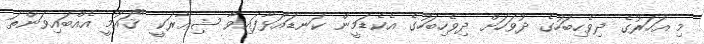
މި އަހަރުގެ ދިވެހިބަހުގެ ދުވަހަށް ދިވެހިބަހުގެ އެކެޑަމީން ކަނޑައަޅާފައިވާ ޝިޢާރަކީ "ޤައުމީ އެއްބައިވަންތަ